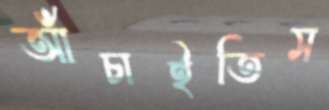
আঁচাইতিস